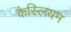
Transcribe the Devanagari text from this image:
कैस्लियम